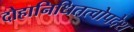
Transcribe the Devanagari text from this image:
दोहानिधितत्वोपदेश